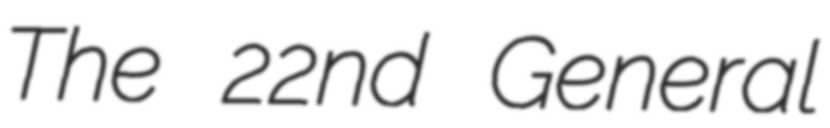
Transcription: The 22nd General